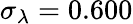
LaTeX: \sigma_{\lambda}=0.600